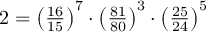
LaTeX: \textstyle 2 = { \left( { \frac { 1 6 } { 1 5 } } \right) } ^ { 7 } \cdot { \left( { \frac { 8 1 } { 8 0 } } \right) } ^ { 3 } \cdot { \left( { \frac { 2 5 } { 2 4 } } \right) } ^ { 5 }